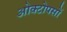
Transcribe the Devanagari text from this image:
ओक्टोपसों